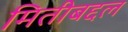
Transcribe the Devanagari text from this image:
मितीबद्दल